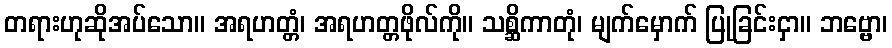
တရားဟုဆိုအပ်သော။ အရဟတ္တံ၊ အရဟတ္တဖိုလ်ကို။ သစ္ဆိကာတုံ၊ မျက်မှောက် ပြုခြင်းငှာ။ ဘဗ္ဗော၊